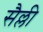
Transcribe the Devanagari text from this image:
सैल्ली